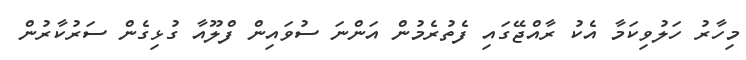
މިހާރު ހަލުވިކަމާ އެކު ރާއްޖޭގައި ފެތުރެމުން އަންނަ ސުވައިން ފްލޫއާ ގުޅިގެން ސަރުކާރުން